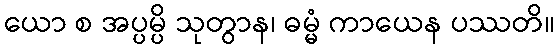
ယော စ အပ္ပမ္ပိ သုတွာန၊ ဓမ္မံ ကာယေန ပဿတိ။